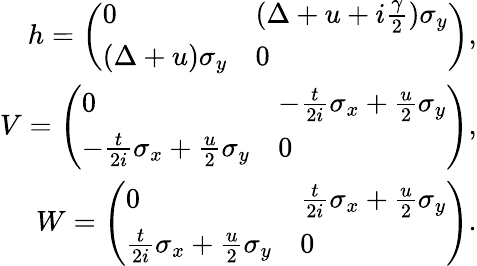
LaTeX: \begin{array}{r}{h=\left(\begin{array}{ll}{0}&{(\Delta+u+i\frac{\gamma}{2})\sigma_{y}}\\ {(\Delta+u)\sigma_{y}}&{0}\end{array}\right),}\\ {V=\left(\begin{array}{ll}{0}&{-\frac{t}{2i}\sigma_{x}+\frac{u}{2}\sigma_{y}}\\ {-\frac{t}{2i}\sigma_{x}+\frac{u}{2}\sigma_{y}}&{0}\end{array}\right),}\\ {W=\left(\begin{array}{ll}{0}&{\frac{t}{2i}\sigma_{x}+\frac{u}{2}\sigma_{y}}\\ {\frac{t}{2i}\sigma_{x}+\frac{u}{2}\sigma_{y}}&{0}\end{array}\right).}\end{array}